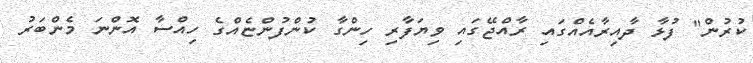
ކުރުން" ފުޅާ ދާއިރާއެއްގައި ރާއްޖޭގައި ވިޔަފާރި ހިންގާ ކުންފުންޏެއްގެ ހިއްސާ އޮންނަ މެންބަރު